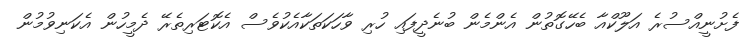
ފެށުނީއްސުރެ އަލޫކްއާ ބެހޭގޮތުން އެންމެން ބުނެދީފައި ހުރި ވާހަކަތަކާއެކުވެސް އެކޮޓަރިތެރޭ ދެމީހުން އެކަނިވުމުން